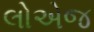
લોએજ